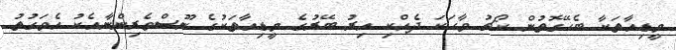
މީޑިއާތަކާ ބެހޭގޮތުން ކޯޗު ވާހަކަ ދެއްކި އިރު ބޭރުގެ މީޑިއާތަކުގެ ނޫސްވެރިންނާއެކު އެވަގުތު